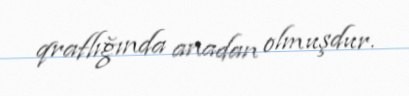
qraflığında anadan olmuşdur.